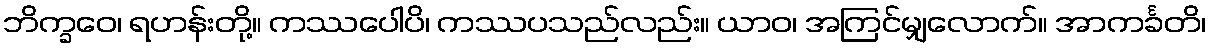
ဘိက္ခဝေ၊ ရဟန်းတို့။ ကဿပေါပိ၊ ကဿပသည်လည်း။ ယာဝ၊ အကြင်မျှလောက်။ အာကင်္ခတိ၊